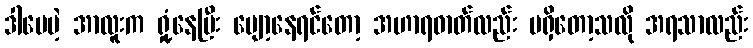
ဒါပေမဲ့ အာလူးက ရှုံ့နေပြီး ပျော့နေရင်တော့ အဟာရဓာတ်လည်း မရှိတော့သလို အရသာလည်း